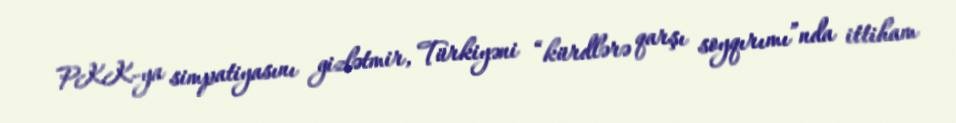
PKK-ya simpatiyasını gizlətmir, Türkiyəni “kürdlərə qarşı soyqırımı”nda ittiham